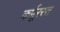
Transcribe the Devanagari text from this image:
कर्पूररस